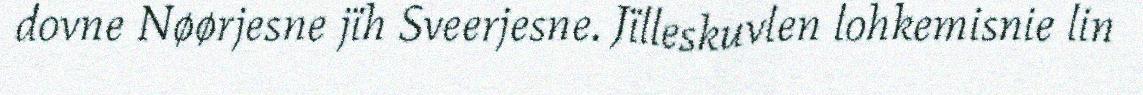
dovne Nøørjesne jïh Sveerjesne. Jïlleskuvlen lohkemisnie lin